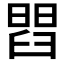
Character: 𦦄